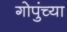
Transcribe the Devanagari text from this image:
गोपुंच्या